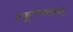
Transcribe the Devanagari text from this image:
स्कूल्ससाठी